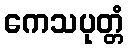
ကေသပုတ္တံ